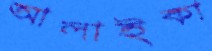
আলাইকা